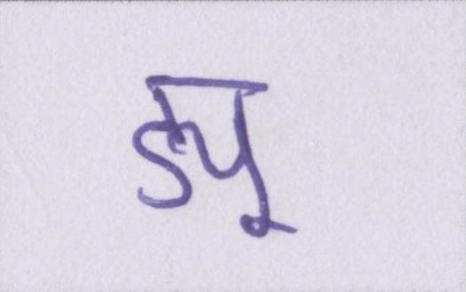
ड्यू